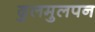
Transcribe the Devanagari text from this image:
ढुलमुलपन